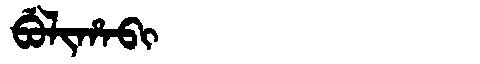
Manchu: ᠪᡠᠯᡳᡥᠠᠪᡳ
Romanization: BULIHABI